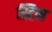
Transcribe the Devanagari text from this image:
स्टिम